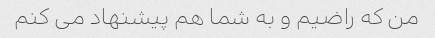
من که راضیم و به شما هم پیشنهاد می کنم